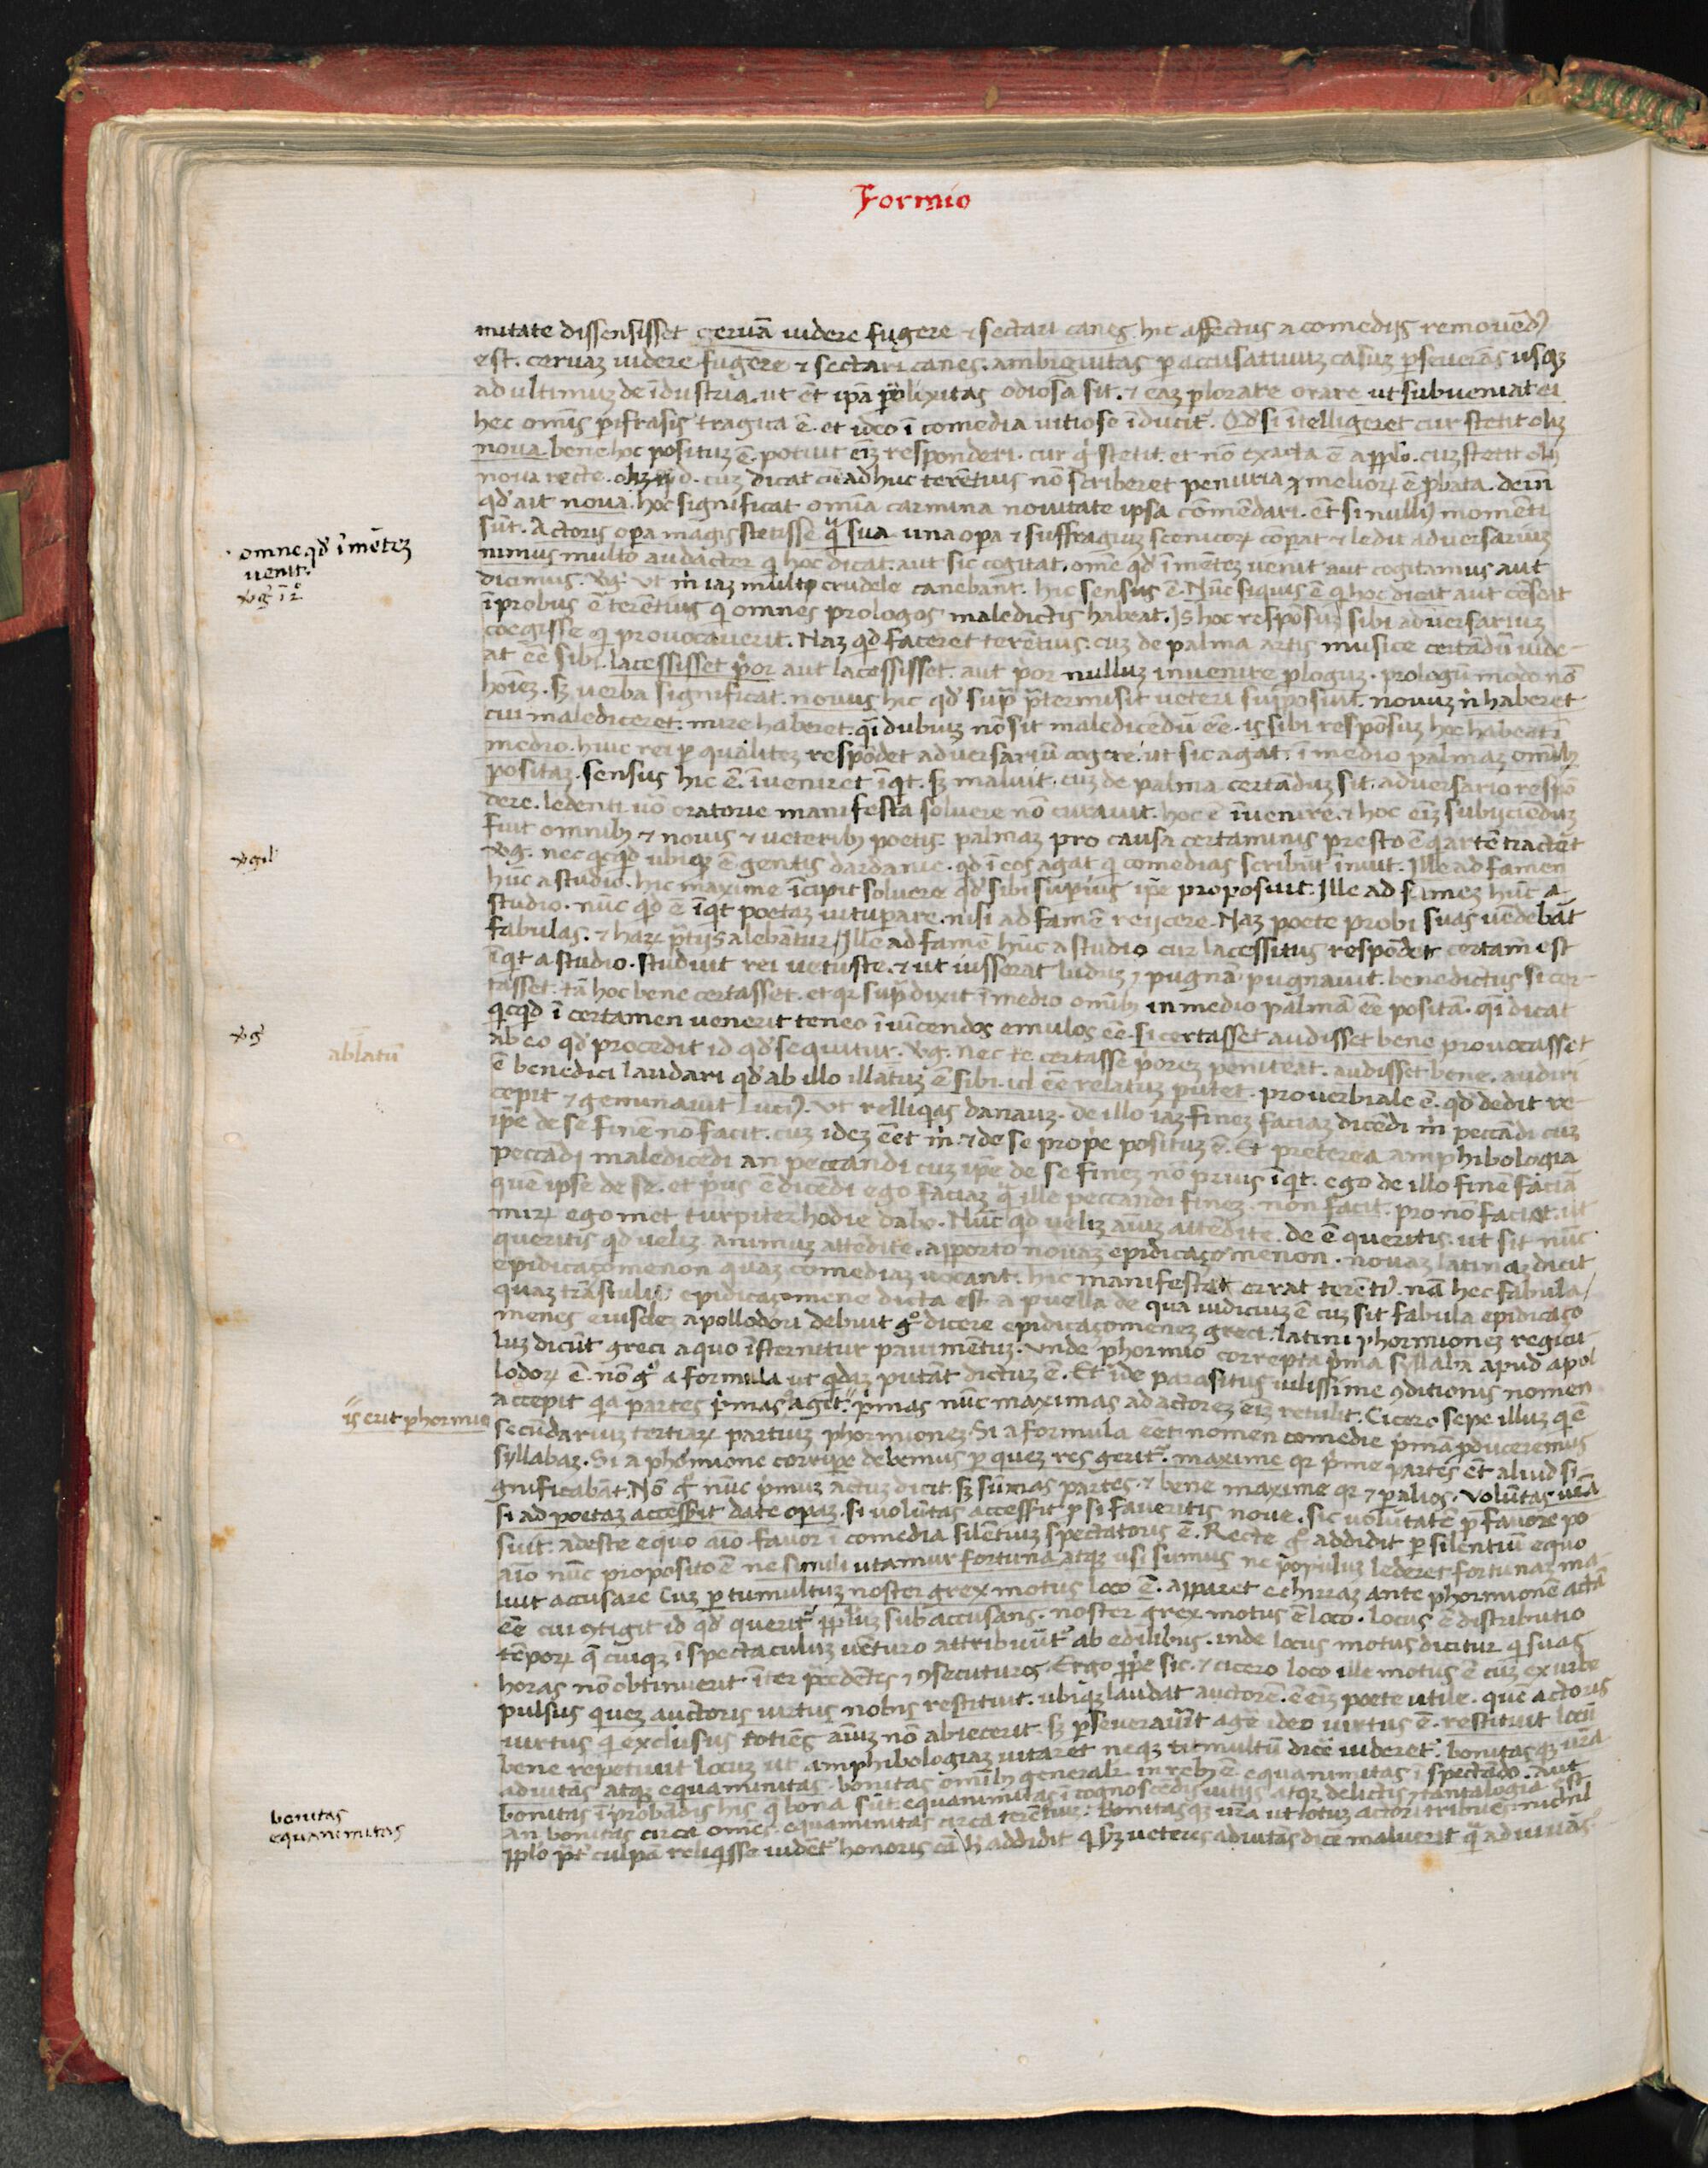
Shelfmark: Florence, Biblioteca Medicea Laurenziana, Laur. Plut. 53.08
Century: 15